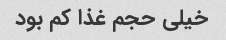
خیلی حجم غذا کم بود